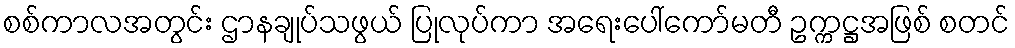
စစ်ကာလအတွင်း ဌာနချုပ်သဖွယ် ပြုလုပ်ကာ အရေးပေါ်ကော်မတီ ဥက္ကဋ္ဌအဖြစ် စတင်